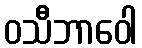
ဝသီဘာဝေါ